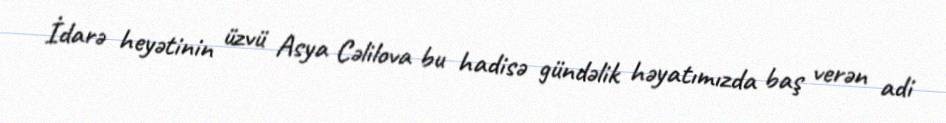
İdarə heyətinin üzvü Asya Cəlilova bu hadisə gündəlik həyatımızda baş verən adi